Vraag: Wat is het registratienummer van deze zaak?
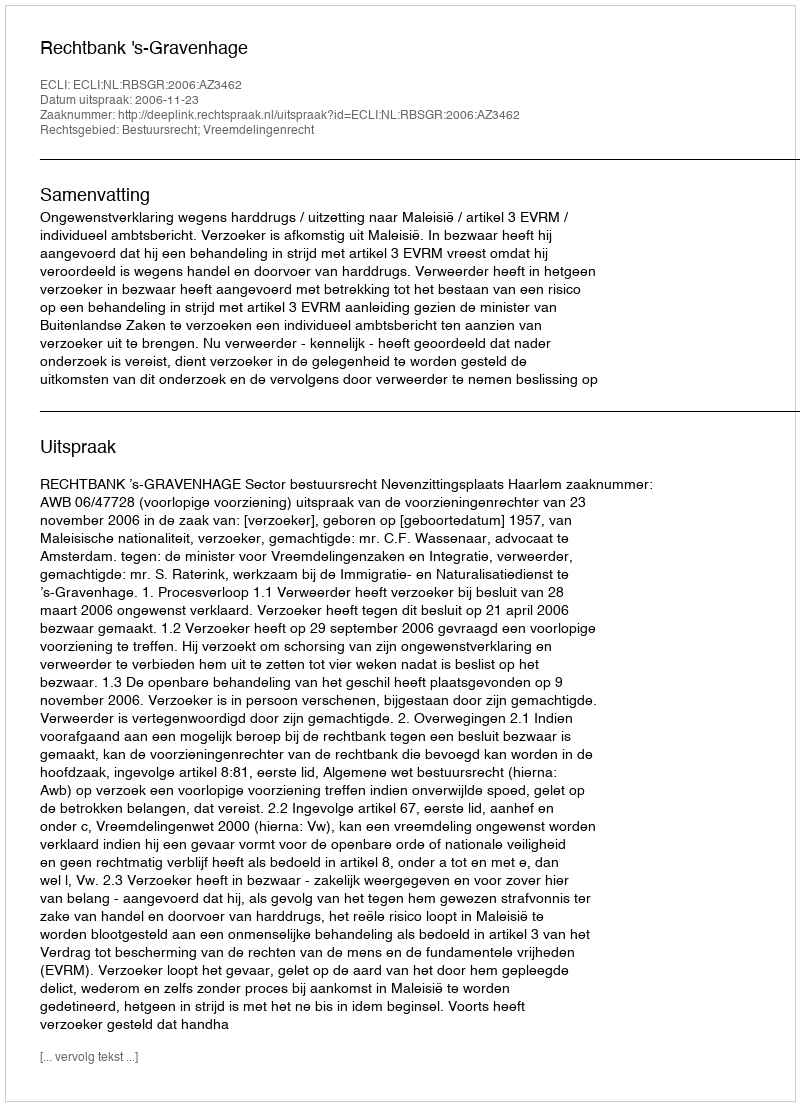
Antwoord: http://deeplink.rechtspraak.nl/uitspraak?id=ECLI:NL:RBSGR:2006:AZ3462